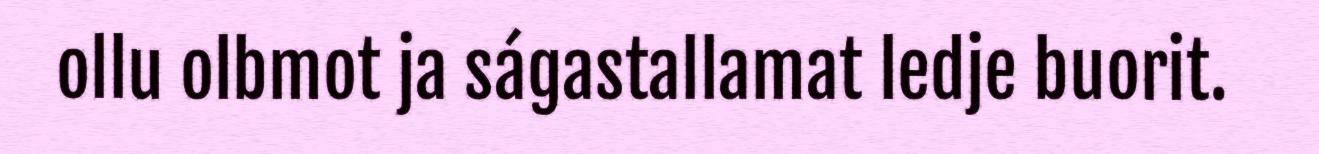
ollu olbmot ja ságastallamat ledje buorit.